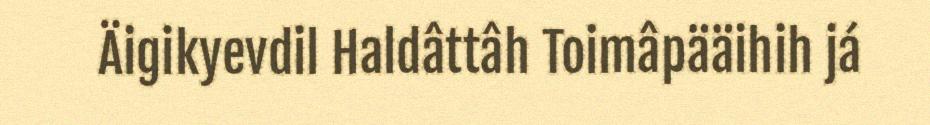
Äigikyevdil Haldâttâh Toimâpääihih já